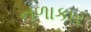
નળાકાર